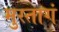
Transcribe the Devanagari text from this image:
मुस्तागं